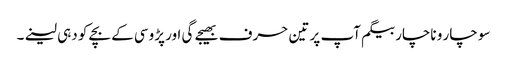
سو چار و ناچار بیگم آپ پر تین حرف بھیجے گی اور پڑوسی کے بچے کو دہی لینے۔